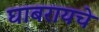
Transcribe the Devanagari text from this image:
घाबरायचे